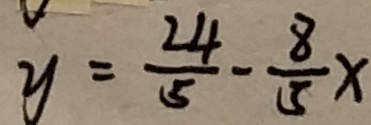
y = \frac { 2 4 } { 5 } - \frac { 8 } { 5 } x